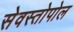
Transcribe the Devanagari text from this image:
सेवस्तोपोल